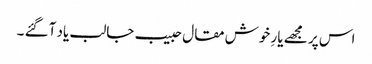
اس پر مجھے یارِ خوش مقال حبیب جالب یاد آگئے ۔